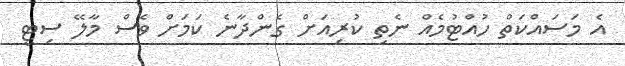
އެ މަސައްކަތް ހުއްޓުމެއް ނެތި ކުރިއަށް ގެންދާނެ ކަމަށް ވެސް މާލޭ ސިޓީ